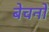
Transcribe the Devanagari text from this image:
बेचनों